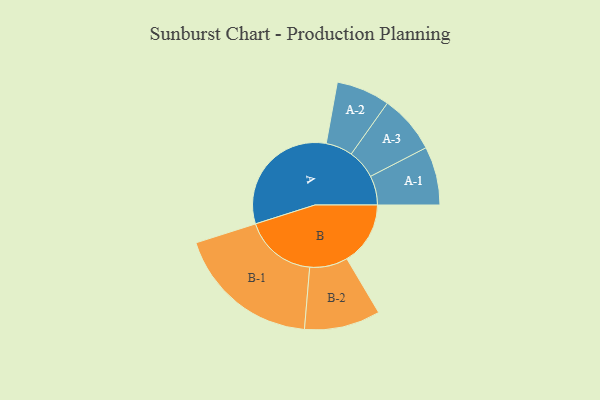
{"axis": {"x": "Segment", "y": "Value"}, "legend": ["", "A", "B"], "data": [{"x": "A", "y": 475, "type": ""}, {"x": "B", "y": 239, "type": ""}, {"x": "A-1", "y": 110, "type": "A"}, {"x": "A-2", "y": 101, "type": "A"}, {"x": "A-3", "y": 110, "type": "A"}, {"x": "B-1", "y": 272, "type": "B"}, {"x": "B-2", "y": 143, "type": "B"}]}